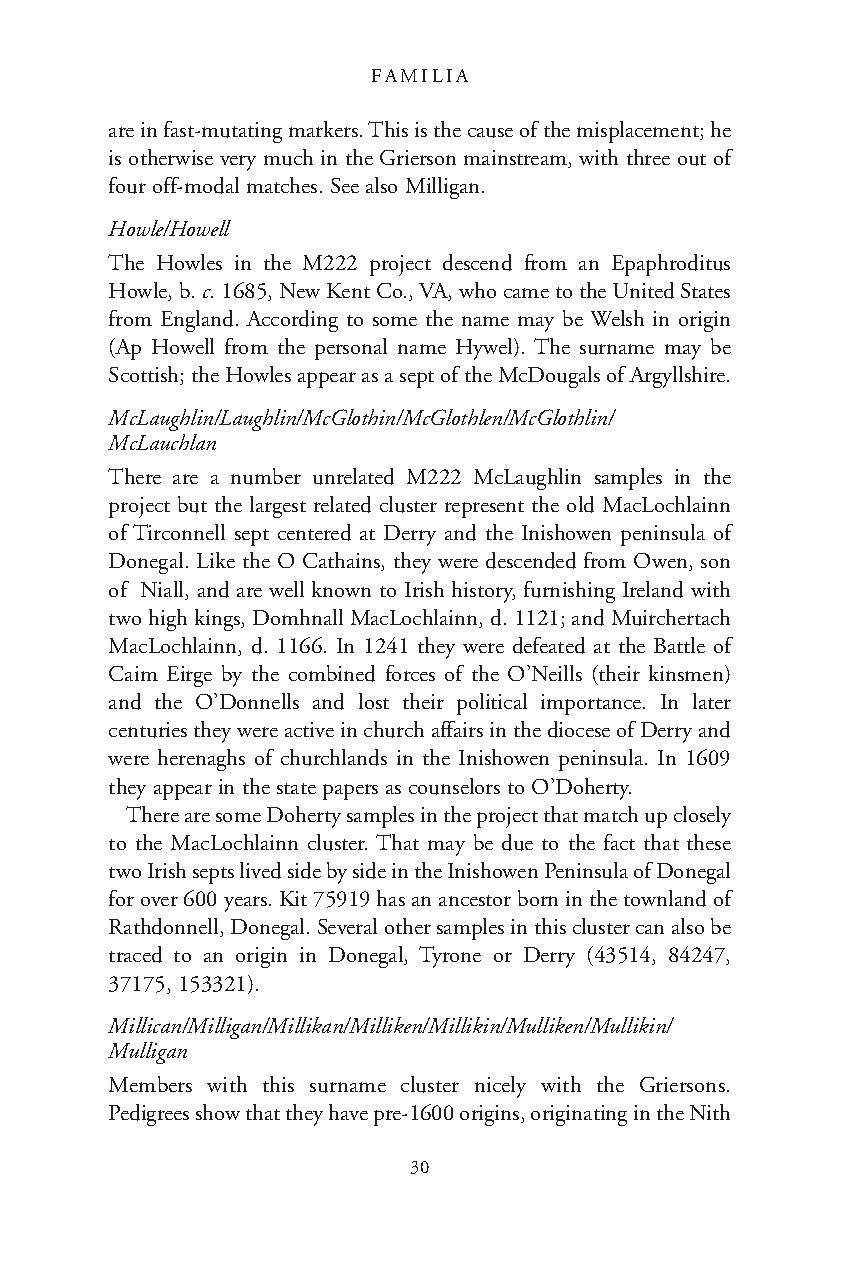
FAMILIA
 are in fast-mutating markers. This is the cause of the misplacement; he
 is otherwise very much in the Grierson mainstream, with three out of
 four off-modal matches. See also Milligan.
 Howle/Howell
 The Howles in the M222 project descend from an Epaphroditus
 Howle, b. c. 1685, New Kent Co., VA, who came to the United States
 from England. According to some the name may be Welsh in origin
 (Ap Howell from the personal name Hywel). The surname may be
 Scottish; the Howles appear as a sept of the McDougals of Argyllshire.
 McLaughlin/Laughlin/McGlothin/McGlothlen/McGlothlin/
 McLauchlan
 There are a number unrelated M222 McLaughlin samples in the
 project but the largest related cluster represent the old MacLochlainn
 of Tirconnell sept centered at Derry and the Inishowen peninsula of
 Donegal. Like the O Cathains, they were descended from Owen, son
 of Niall, and are well known to Irish history, furnishing Ireland with
 two high kings, Domhnall MacLochlainn, d. 1121; and Muirchertach
 MacLochlainn, d. 1166. In 1241 they were defeated at the Battle of
 Caim Eirge by the combined forces of the O’Neills (their kinsmen)
 and the O’Donnells and lost their political importance. In later
 centuries they were active in church affairs in the diocese of Derry and
 were herenaghs of churchlands in the Inishowen peninsula. In 1609
 they appear in the state papers as counselors to O’Doherty.
 There are some Doherty samples in the project that match up closely
 to the MacLochlainn cluster. That may be due to the fact that these
 two Irish septs lived side by side in the Inishowen Peninsula of Donegal
 for over 600 years. Kit 75919 has an ancestor born in the townland of
 Rathdonnell, Donegal. Several other samples in this cluster can also be
 traced to an origin in Donegal, Tyrone or Derry (43514, 84247,
 37175, 153321).
 Millican/Milligan/Millikan/Milliken/Millikin/Mulliken/Mullikin/
 Mulligan
 Members with this surname cluster nicely with the Griersons.
 Pedigrees show that they have pre-1600 origins, originating in the Nith
 30